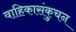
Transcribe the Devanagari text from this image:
वाहिकासंकुचन